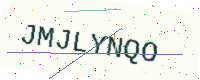
Text: JMJLYNQO